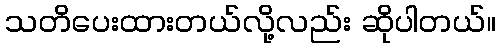
သတိပေးထားတယ်လို့လည်း ဆိုပါတယ်။